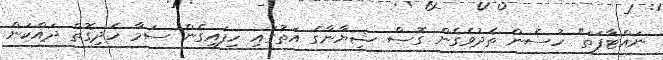
ނައްޓާފަތަ" ހުސެން ތެދުވެގެން ގޮސް ޝިޔާނާގެ އަތުގައި ހިފައިގެން ސަމާ ހެދިގޮތް ދައްކަން